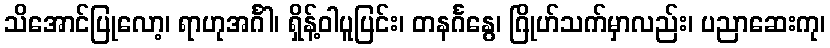
သိအောင်ပြုလော့၊ ရာဟုအင်္ဂါ၊ ရှိန့်ဝါပူပြင်း၊ တနင်္ဂနွေ၊ ဂြိုဟ်သက်မှာလည်း၊ ပညာဆေးကု၊